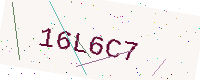
Text: 16L6C7